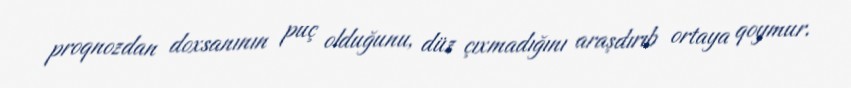
proqnozdan doxsanının puç olduğunu, düz çıxmadığını araşdırıb ortaya qoymur.